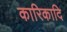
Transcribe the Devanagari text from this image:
कारिकादि